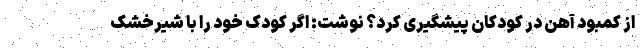
از کمبود آهن در کودکان پیشگیری کرد؟ نوشت: اگر کودک خود را با شیرخشک